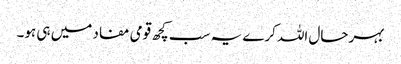
بہرحال اللہ کرے یہ سب کچھ قومی مفاد میں ہی ہو۔